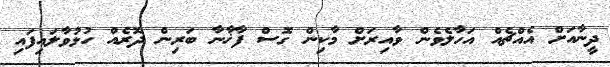
ދީނާއަށް އެއްޗެއް އަހާލެވެން ވާއިރަށް މާކިން ގޮސް ފާޚާނާ ބަރިން ދޮރެއް ހުޅުވާލައިފައި